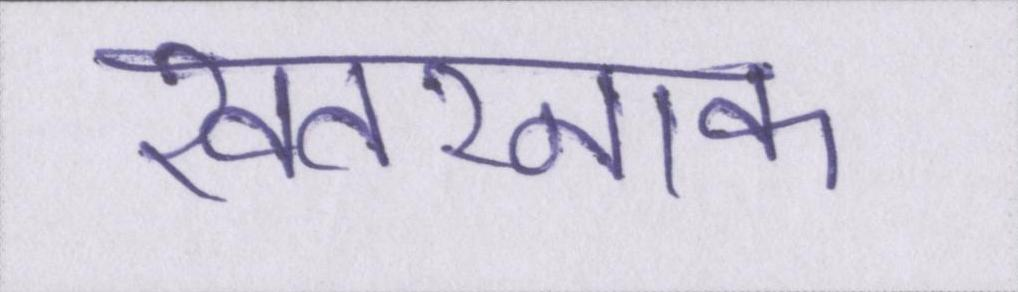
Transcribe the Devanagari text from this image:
खतरनाक